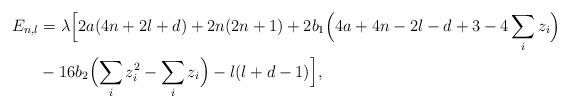
LaTeX: \begin{align*} E_{n,l} &= \lambda \Bigl[2a(4n+2l+d) + 2n(2n+1) + 2b_1\Bigl(4a+4n-2l-d+3-4\sum_i z_i\Bigr) \\ &{}- 16b_2\Bigl(\sum_i z_i^2 - \sum_i z_i\Bigr) - l(l+d-1)\Bigr],\end{align*}